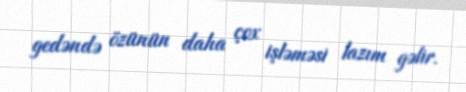
gedəndə özünün daha çox işləməsi lazım gəlir.